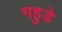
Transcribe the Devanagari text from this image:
महुडे